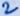
Text: 2